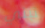
تبني